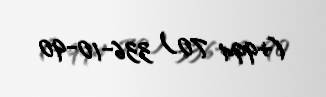
(+994 70) 336-10-90